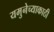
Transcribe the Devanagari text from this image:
यमुनेच्याकाठी